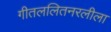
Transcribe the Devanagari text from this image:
गीतललितनरलीला